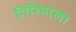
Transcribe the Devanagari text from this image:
गिरिमाला